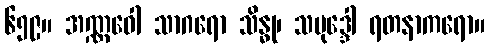
၆၅၉။ အဏ္ဏဝေါ သာဂရော သိန္ဓု၊ သမုဒ္ဒေါ ရတနာကရော။